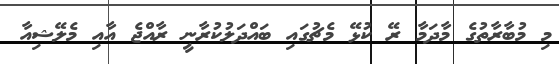
މި މުބާރާތުގެ މާދަމާ ރޭ ކުޅޭ މެޗުގައި ބައްދަލުކުރާނީ ރާއްޖެ އާއި މެލޭޝިއާ